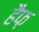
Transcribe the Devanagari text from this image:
हैफ़